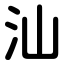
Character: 汕